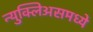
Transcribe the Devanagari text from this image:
न्युक्लिअसमध्ये